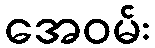
အေဝမ်း